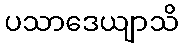
ပသာဒေယျာသိ